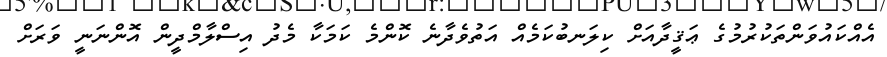
އެއްކައުވަންތަކުރުމުގެ ޢަޤީދާއަށް ކިލަނބުކަމެއް އަތުވެދާނެ ކޮންމެ ކަމަކާ މެދު އިސްލާމްދީން އޮންނަނީ ވަރަށް